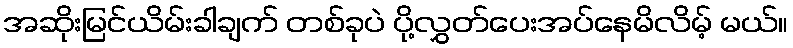
အဆိုးမြင်ယိမ်းခါချက် တစ်ခုပဲ ပို့လွှတ်ပေးအပ်နေမိလိမ့် မယ်။